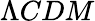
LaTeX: \Lambda CDM